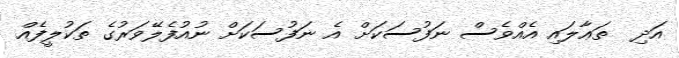
އަދި  ތަޢާލައި އެއްވެސް ނަފުސަކަށް އެ ނަފުސަކަށް ނުއުފެލޭވަރުގެ ތަކުލީފެއް